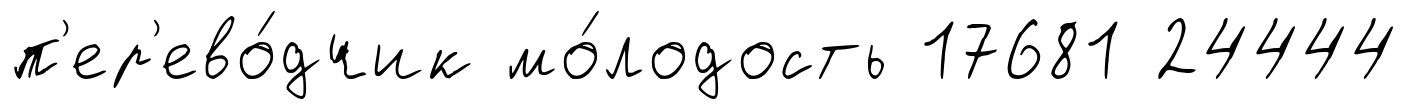
п'ер'ево́дчик мо́лодость 17681 24444